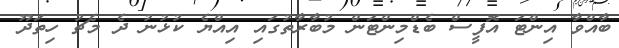
ބާއްވާ އިންޓަ އޮފީސް ބެޑްމިންޓަން މުބާރާތުގައި އިއްޔެ ކުޅުނު ދެ މެޗު ހިތަދޫ